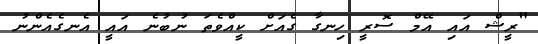
"ރީޝް އައި އޭމް ސޮރީ ހިނގާ ގެއަށް ކީއްވެތަ ނުބުނެ އައީ އެނގެއެންނު